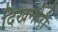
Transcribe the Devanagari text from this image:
दिखनौरी